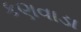
કણવાડા